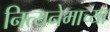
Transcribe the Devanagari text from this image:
नित्यनेमाच्या